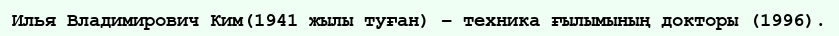
Илья Владимирович Ким(1941 жылы туған) – техника ғылымының докторы (1996).